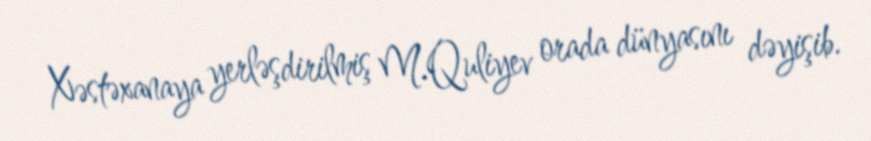
Xəstəxanaya yerləşdirilmiş M.Quliyev orada dünyasını dəyişib.